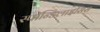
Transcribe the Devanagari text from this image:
स्पाॅन्डिलाइसिस